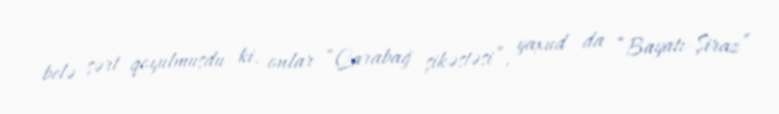
belə şərt qoyulmuşdu ki, onlar “Qarabağ şikəstəsi”, yaxud da “Bayatı-Şiraz”